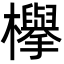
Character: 欅